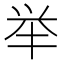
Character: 举